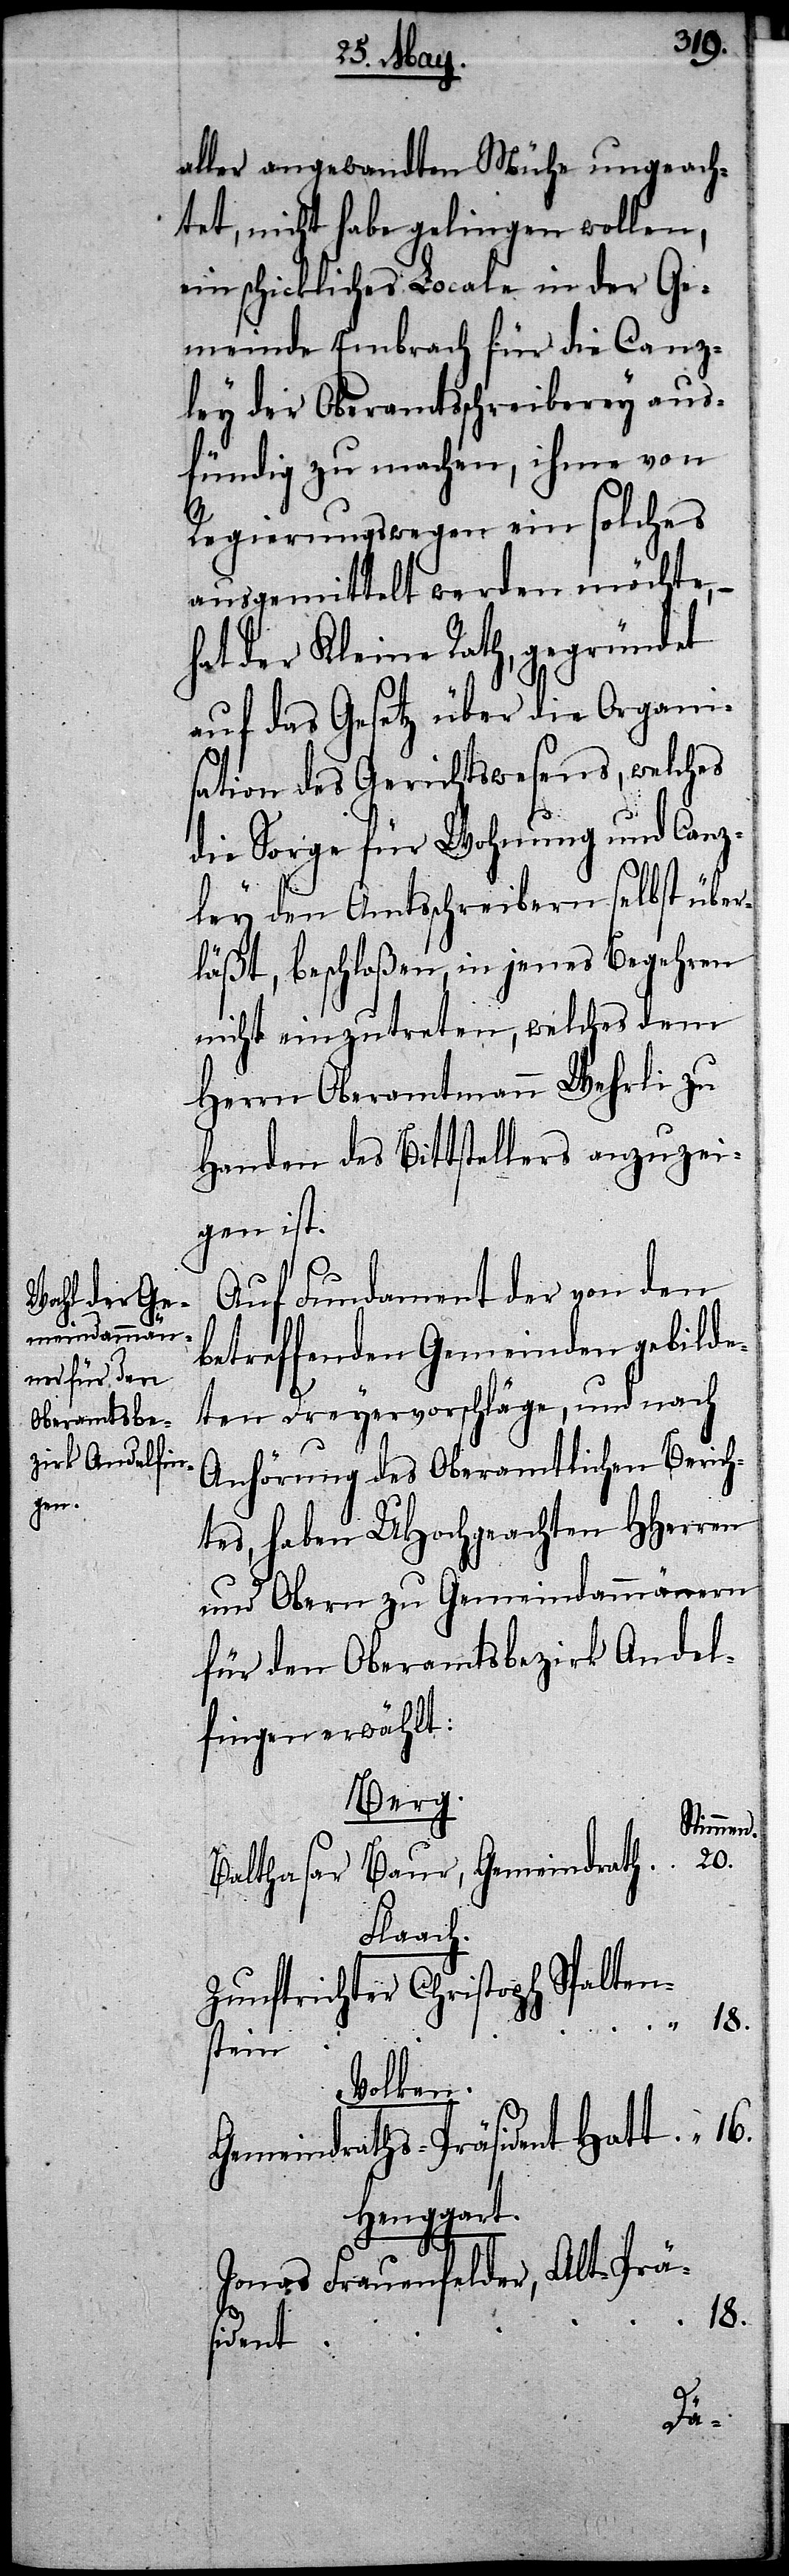
aller angewandten Mühe ungeach¬
tet, nicht habe gelingen wollen,
ein schickliches Locale in der Ge¬
meinde Embrach für die Canz¬
ley der Oberamtschreiberey aus¬
fündig zu machen, ihme von
Regierungswegen ein solches
ausgemittelt werden möchte,
hat der Kleine Rath, gegründet
auf das Gesetz über die Organi¬
sation des Gerichtswesens, welches
20.
die Sorge für Wohnung und Canz¬
ley den Amtsschreibern selbst über¬
läßt, beschloßen, in jenes Begehren
nicht einzutreten, welches dem
Herrn Oberamtmann Wehrli zu
Handen des Bittstellers anzuzei¬
gen ist.
Auf Fundament der von den
betreffenden Gemeinden gebilde¬
ten Dreyervorschläge, und nach
Anhörung des Oberamtlichen Berich¬
tes, haben UHochgeachten HHerren
und Obern zu Gemeindammännern
für den Oberamtsbezirk Andel¬
fingen erwählt:
Berg.
Stimmen.
Baur, Gemeindrath
Balthasar
Flaach.
ter Christoph Spalten¬
Zunftrich¬
stein
Volken.
Gemeindraths-Präsident Hatt
Henggart.
Jonas Frauenfelder, Alt-Prä¬
18.
sident